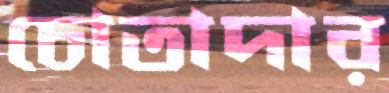
চোতাদার